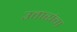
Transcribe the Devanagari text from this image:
उतारांचा